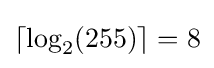
\lceil \log _{2}(255)\rceil =8